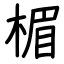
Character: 楣